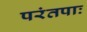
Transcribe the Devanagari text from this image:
परंतपाः